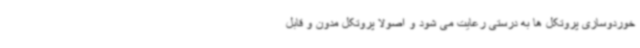
خوردوسازی پروتکل ها به درستی رعایت می شود و اصولا پروتکل مدون و قابل